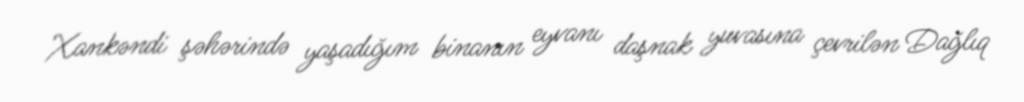
Xankəndi şəhərində yaşadığım binanın eyvanı daşnak yuvasına çevrilən Dağlıq